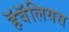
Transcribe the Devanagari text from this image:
हॅवॅलियस